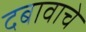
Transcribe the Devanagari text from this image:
दबावाचे